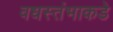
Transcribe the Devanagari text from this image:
वधस्तंभाकडे